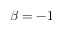
\beta = - 1